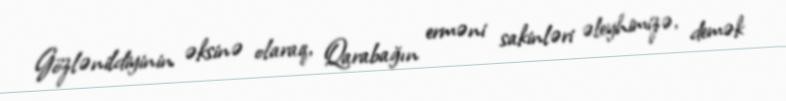
Gözlənildiyinin əksinə olaraq, Qarabağın erməni sakinləri əleyhimizə, demək